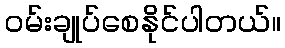
ဝမ်းချုပ်စေနိုင်ပါတယ်။